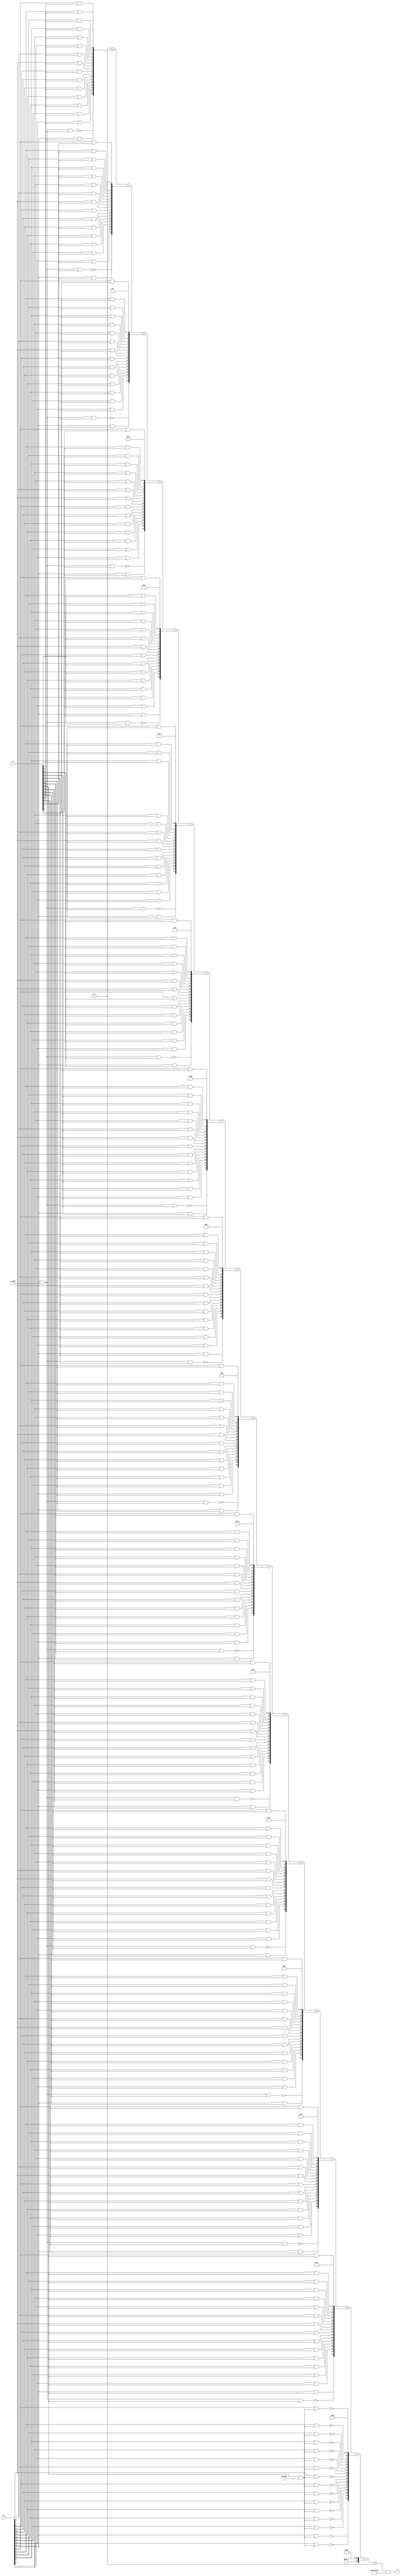
module multiplier_S_C1x1_F0_16bits_16bits_HighLevelDescribed_auto(
		input [A_chop_size-1:0] A,
		input [B_chop_size-1:0] B,

		input A_sign,
		input B_sign,

		input HALF_0,	// a selector bit to switch computation to half mode level 0

		output [A_chop_size+B_chop_size-1:0] C
	);

parameter A_chop_size = 16;
parameter B_chop_size = 16;

// to support both signed and unsigned multiplication
// sign extension regarding extra sign identifier
wire A_extended_level0_0;
wire B_extended_level0_0;
assign A_extended_level0_0 = (A[15])&(A_sign);
assign B_extended_level0_0 = (B[15])&(B_sign);


reg [A_chop_size:0] PP [B_chop_size:0];
always @(*) begin
	PP[0][0] = (A[0])&(B[0]);
	PP[0][1] = (A[1])&(B[0]);
	PP[0][2] = (A[2])&(B[0]);
	PP[0][3] = (A[3])&(B[0]);
	PP[0][4] = (A[4])&(B[0]);
	PP[0][5] = (A[5])&(B[0]);
	PP[0][6] = (A[6])&(B[0]);
	PP[0][7] = (A[7])&(B[0]);
	PP[0][8] = (A[8])&(B[0]);
	PP[0][9] = (A[9])&(B[0]);
	PP[0][10] = (A[10])&(B[0]);
	PP[0][11] = (A[11])&(B[0]);
	PP[0][12] = (A[12])&(B[0]);
	PP[0][13] = (A[13])&(B[0]);
	PP[0][14] = (A[14])&(B[0]);
	PP[0][15] = (A[15])&(B[0]);
	PP[0][16] = ~((A_extended_level0_0)&(B[0]));
	PP[1][0] = (A[0])&(B[1]);
	PP[1][1] = (A[1])&(B[1]);
	PP[1][2] = (A[2])&(B[1]);
	PP[1][3] = (A[3])&(B[1]);
	PP[1][4] = (A[4])&(B[1]);
	PP[1][5] = (A[5])&(B[1]);
	PP[1][6] = (A[6])&(B[1]);
	PP[1][7] = (A[7])&(B[1]);
	PP[1][8] = (A[8])&(B[1]);
	PP[1][9] = (A[9])&(B[1]);
	PP[1][10] = (A[10])&(B[1]);
	PP[1][11] = (A[11])&(B[1]);
	PP[1][12] = (A[12])&(B[1]);
	PP[1][13] = (A[13])&(B[1]);
	PP[1][14] = (A[14])&(B[1]);
	PP[1][15] = (A[15])&(B[1]);
	PP[1][16] = ~((A_extended_level0_0)&(B[1]));
	PP[2][0] = (A[0])&(B[2]);
	PP[2][1] = (A[1])&(B[2]);
	PP[2][2] = (A[2])&(B[2]);
	PP[2][3] = (A[3])&(B[2]);
	PP[2][4] = (A[4])&(B[2]);
	PP[2][5] = (A[5])&(B[2]);
	PP[2][6] = (A[6])&(B[2]);
	PP[2][7] = (A[7])&(B[2]);
	PP[2][8] = (A[8])&(B[2]);
	PP[2][9] = (A[9])&(B[2]);
	PP[2][10] = (A[10])&(B[2]);
	PP[2][11] = (A[11])&(B[2]);
	PP[2][12] = (A[12])&(B[2]);
	PP[2][13] = (A[13])&(B[2]);
	PP[2][14] = (A[14])&(B[2]);
	PP[2][15] = (A[15])&(B[2]);
	PP[2][16] = ~((A_extended_level0_0)&(B[2]));
	PP[3][0] = (A[0])&(B[3]);
	PP[3][1] = (A[1])&(B[3]);
	PP[3][2] = (A[2])&(B[3]);
	PP[3][3] = (A[3])&(B[3]);
	PP[3][4] = (A[4])&(B[3]);
	PP[3][5] = (A[5])&(B[3]);
	PP[3][6] = (A[6])&(B[3]);
	PP[3][7] = (A[7])&(B[3]);
	PP[3][8] = (A[8])&(B[3]);
	PP[3][9] = (A[9])&(B[3]);
	PP[3][10] = (A[10])&(B[3]);
	PP[3][11] = (A[11])&(B[3]);
	PP[3][12] = (A[12])&(B[3]);
	PP[3][13] = (A[13])&(B[3]);
	PP[3][14] = (A[14])&(B[3]);
	PP[3][15] = (A[15])&(B[3]);
	PP[3][16] = ~((A_extended_level0_0)&(B[3]));
	PP[4][0] = (A[0])&(B[4]);
	PP[4][1] = (A[1])&(B[4]);
	PP[4][2] = (A[2])&(B[4]);
	PP[4][3] = (A[3])&(B[4]);
	PP[4][4] = (A[4])&(B[4]);
	PP[4][5] = (A[5])&(B[4]);
	PP[4][6] = (A[6])&(B[4]);
	PP[4][7] = (A[7])&(B[4]);
	PP[4][8] = (A[8])&(B[4]);
	PP[4][9] = (A[9])&(B[4]);
	PP[4][10] = (A[10])&(B[4]);
	PP[4][11] = (A[11])&(B[4]);
	PP[4][12] = (A[12])&(B[4]);
	PP[4][13] = (A[13])&(B[4]);
	PP[4][14] = (A[14])&(B[4]);
	PP[4][15] = (A[15])&(B[4]);
	PP[4][16] = ~((A_extended_level0_0)&(B[4]));
	PP[5][0] = (A[0])&(B[5]);
	PP[5][1] = (A[1])&(B[5]);
	PP[5][2] = (A[2])&(B[5]);
	PP[5][3] = (A[3])&(B[5]);
	PP[5][4] = (A[4])&(B[5]);
	PP[5][5] = (A[5])&(B[5]);
	PP[5][6] = (A[6])&(B[5]);
	PP[5][7] = (A[7])&(B[5]);
	PP[5][8] = (A[8])&(B[5]);
	PP[5][9] = (A[9])&(B[5]);
	PP[5][10] = (A[10])&(B[5]);
	PP[5][11] = (A[11])&(B[5]);
	PP[5][12] = (A[12])&(B[5]);
	PP[5][13] = (A[13])&(B[5]);
	PP[5][14] = (A[14])&(B[5]);
	PP[5][15] = (A[15])&(B[5]);
	PP[5][16] = ~((A_extended_level0_0)&(B[5]));
	PP[6][0] = (A[0])&(B[6]);
	PP[6][1] = (A[1])&(B[6]);
	PP[6][2] = (A[2])&(B[6]);
	PP[6][3] = (A[3])&(B[6]);
	PP[6][4] = (A[4])&(B[6]);
	PP[6][5] = (A[5])&(B[6]);
	PP[6][6] = (A[6])&(B[6]);
	PP[6][7] = (A[7])&(B[6]);
	PP[6][8] = (A[8])&(B[6]);
	PP[6][9] = (A[9])&(B[6]);
	PP[6][10] = (A[10])&(B[6]);
	PP[6][11] = (A[11])&(B[6]);
	PP[6][12] = (A[12])&(B[6]);
	PP[6][13] = (A[13])&(B[6]);
	PP[6][14] = (A[14])&(B[6]);
	PP[6][15] = (A[15])&(B[6]);
	PP[6][16] = ~((A_extended_level0_0)&(B[6]));
	PP[7][0] = (A[0])&(B[7]);
	PP[7][1] = (A[1])&(B[7]);
	PP[7][2] = (A[2])&(B[7]);
	PP[7][3] = (A[3])&(B[7]);
	PP[7][4] = (A[4])&(B[7]);
	PP[7][5] = (A[5])&(B[7]);
	PP[7][6] = (A[6])&(B[7]);
	PP[7][7] = (A[7])&(B[7]);
	PP[7][8] = (A[8])&(B[7]);
	PP[7][9] = (A[9])&(B[7]);
	PP[7][10] = (A[10])&(B[7]);
	PP[7][11] = (A[11])&(B[7]);
	PP[7][12] = (A[12])&(B[7]);
	PP[7][13] = (A[13])&(B[7]);
	PP[7][14] = (A[14])&(B[7]);
	PP[7][15] = (A[15])&(B[7]);
	PP[7][16] = ~((A_extended_level0_0)&(B[7]));
	PP[8][0] = (A[0])&(B[8]);
	PP[8][1] = (A[1])&(B[8]);
	PP[8][2] = (A[2])&(B[8]);
	PP[8][3] = (A[3])&(B[8]);
	PP[8][4] = (A[4])&(B[8]);
	PP[8][5] = (A[5])&(B[8]);
	PP[8][6] = (A[6])&(B[8]);
	PP[8][7] = (A[7])&(B[8]);
	PP[8][8] = (A[8])&(B[8]);
	PP[8][9] = (A[9])&(B[8]);
	PP[8][10] = (A[10])&(B[8]);
	PP[8][11] = (A[11])&(B[8]);
	PP[8][12] = (A[12])&(B[8]);
	PP[8][13] = (A[13])&(B[8]);
	PP[8][14] = (A[14])&(B[8]);
	PP[8][15] = (A[15])&(B[8]);
	PP[8][16] = ~((A_extended_level0_0)&(B[8]));
	PP[9][0] = (A[0])&(B[9]);
	PP[9][1] = (A[1])&(B[9]);
	PP[9][2] = (A[2])&(B[9]);
	PP[9][3] = (A[3])&(B[9]);
	PP[9][4] = (A[4])&(B[9]);
	PP[9][5] = (A[5])&(B[9]);
	PP[9][6] = (A[6])&(B[9]);
	PP[9][7] = (A[7])&(B[9]);
	PP[9][8] = (A[8])&(B[9]);
	PP[9][9] = (A[9])&(B[9]);
	PP[9][10] = (A[10])&(B[9]);
	PP[9][11] = (A[11])&(B[9]);
	PP[9][12] = (A[12])&(B[9]);
	PP[9][13] = (A[13])&(B[9]);
	PP[9][14] = (A[14])&(B[9]);
	PP[9][15] = (A[15])&(B[9]);
	PP[9][16] = ~((A_extended_level0_0)&(B[9]));
	PP[10][0] = (A[0])&(B[10]);
	PP[10][1] = (A[1])&(B[10]);
	PP[10][2] = (A[2])&(B[10]);
	PP[10][3] = (A[3])&(B[10]);
	PP[10][4] = (A[4])&(B[10]);
	PP[10][5] = (A[5])&(B[10]);
	PP[10][6] = (A[6])&(B[10]);
	PP[10][7] = (A[7])&(B[10]);
	PP[10][8] = (A[8])&(B[10]);
	PP[10][9] = (A[9])&(B[10]);
	PP[10][10] = (A[10])&(B[10]);
	PP[10][11] = (A[11])&(B[10]);
	PP[10][12] = (A[12])&(B[10]);
	PP[10][13] = (A[13])&(B[10]);
	PP[10][14] = (A[14])&(B[10]);
	PP[10][15] = (A[15])&(B[10]);
	PP[10][16] = ~((A_extended_level0_0)&(B[10]));
	PP[11][0] = (A[0])&(B[11]);
	PP[11][1] = (A[1])&(B[11]);
	PP[11][2] = (A[2])&(B[11]);
	PP[11][3] = (A[3])&(B[11]);
	PP[11][4] = (A[4])&(B[11]);
	PP[11][5] = (A[5])&(B[11]);
	PP[11][6] = (A[6])&(B[11]);
	PP[11][7] = (A[7])&(B[11]);
	PP[11][8] = (A[8])&(B[11]);
	PP[11][9] = (A[9])&(B[11]);
	PP[11][10] = (A[10])&(B[11]);
	PP[11][11] = (A[11])&(B[11]);
	PP[11][12] = (A[12])&(B[11]);
	PP[11][13] = (A[13])&(B[11]);
	PP[11][14] = (A[14])&(B[11]);
	PP[11][15] = (A[15])&(B[11]);
	PP[11][16] = ~((A_extended_level0_0)&(B[11]));
	PP[12][0] = (A[0])&(B[12]);
	PP[12][1] = (A[1])&(B[12]);
	PP[12][2] = (A[2])&(B[12]);
	PP[12][3] = (A[3])&(B[12]);
	PP[12][4] = (A[4])&(B[12]);
	PP[12][5] = (A[5])&(B[12]);
	PP[12][6] = (A[6])&(B[12]);
	PP[12][7] = (A[7])&(B[12]);
	PP[12][8] = (A[8])&(B[12]);
	PP[12][9] = (A[9])&(B[12]);
	PP[12][10] = (A[10])&(B[12]);
	PP[12][11] = (A[11])&(B[12]);
	PP[12][12] = (A[12])&(B[12]);
	PP[12][13] = (A[13])&(B[12]);
	PP[12][14] = (A[14])&(B[12]);
	PP[12][15] = (A[15])&(B[12]);
	PP[12][16] = ~((A_extended_level0_0)&(B[12]));
	PP[13][0] = (A[0])&(B[13]);
	PP[13][1] = (A[1])&(B[13]);
	PP[13][2] = (A[2])&(B[13]);
	PP[13][3] = (A[3])&(B[13]);
	PP[13][4] = (A[4])&(B[13]);
	PP[13][5] = (A[5])&(B[13]);
	PP[13][6] = (A[6])&(B[13]);
	PP[13][7] = (A[7])&(B[13]);
	PP[13][8] = (A[8])&(B[13]);
	PP[13][9] = (A[9])&(B[13]);
	PP[13][10] = (A[10])&(B[13]);
	PP[13][11] = (A[11])&(B[13]);
	PP[13][12] = (A[12])&(B[13]);
	PP[13][13] = (A[13])&(B[13]);
	PP[13][14] = (A[14])&(B[13]);
	PP[13][15] = (A[15])&(B[13]);
	PP[13][16] = ~((A_extended_level0_0)&(B[13]));
	PP[14][0] = (A[0])&(B[14]);
	PP[14][1] = (A[1])&(B[14]);
	PP[14][2] = (A[2])&(B[14]);
	PP[14][3] = (A[3])&(B[14]);
	PP[14][4] = (A[4])&(B[14]);
	PP[14][5] = (A[5])&(B[14]);
	PP[14][6] = (A[6])&(B[14]);
	PP[14][7] = (A[7])&(B[14]);
	PP[14][8] = (A[8])&(B[14]);
	PP[14][9] = (A[9])&(B[14]);
	PP[14][10] = (A[10])&(B[14]);
	PP[14][11] = (A[11])&(B[14]);
	PP[14][12] = (A[12])&(B[14]);
	PP[14][13] = (A[13])&(B[14]);
	PP[14][14] = (A[14])&(B[14]);
	PP[14][15] = (A[15])&(B[14]);
	PP[14][16] = ~((A_extended_level0_0)&(B[14]));
	PP[15][0] = (A[0])&(B[15]);
	PP[15][1] = (A[1])&(B[15]);
	PP[15][2] = (A[2])&(B[15]);
	PP[15][3] = (A[3])&(B[15]);
	PP[15][4] = (A[4])&(B[15]);
	PP[15][5] = (A[5])&(B[15]);
	PP[15][6] = (A[6])&(B[15]);
	PP[15][7] = (A[7])&(B[15]);
	PP[15][8] = (A[8])&(B[15]);
	PP[15][9] = (A[9])&(B[15]);
	PP[15][10] = (A[10])&(B[15]);
	PP[15][11] = (A[11])&(B[15]);
	PP[15][12] = (A[12])&(B[15]);
	PP[15][13] = (A[13])&(B[15]);
	PP[15][14] = (A[14])&(B[15]);
	PP[15][15] = (A[15])&(B[15]);
	PP[15][16] = ~((A_extended_level0_0)&(B[15]));
	PP[16][0] = ~((A[0])&(B_extended_level0_0));
	PP[16][1] = ~((A[1])&(B_extended_level0_0));
	PP[16][2] = ~((A[2])&(B_extended_level0_0));
	PP[16][3] = ~((A[3])&(B_extended_level0_0));
	PP[16][4] = ~((A[4])&(B_extended_level0_0));
	PP[16][5] = ~((A[5])&(B_extended_level0_0));
	PP[16][6] = ~((A[6])&(B_extended_level0_0));
	PP[16][7] = ~((A[7])&(B_extended_level0_0));
	PP[16][8] = ~((A[8])&(B_extended_level0_0));
	PP[16][9] = ~((A[9])&(B_extended_level0_0));
	PP[16][10] = ~((A[10])&(B_extended_level0_0));
	PP[16][11] = ~((A[11])&(B_extended_level0_0));
	PP[16][12] = ~((A[12])&(B_extended_level0_0));
	PP[16][13] = ~((A[13])&(B_extended_level0_0));
	PP[16][14] = ~((A[14])&(B_extended_level0_0));
	PP[16][15] = ~((A[15])&(B_extended_level0_0));
	PP[16][16] = (A_extended_level0_0)&(B_extended_level0_0);
end

// sum of PPs
integer j;
integer i_0;

wire [32:0] Baugh_Wooley_0;
assign Baugh_Wooley_0 = {{1'b0},{1'b0},{1'b0},{1'b0},{1'b0},{1'b0},{1'b0},{1'b0},{1'b0},{1'b0},{1'b0},{1'b0},{1'b0},{1'b0},{1'b0},{(HALF_0)|(1'b0)},{1'b0},{1'b0},{1'b0},{1'b0},{1'b0},{1'b0},{1'b0},{1'b0},{1'b0},{1'b0},{1'b0},{1'b0},{1'b0},{1'b0},{1'b0},{1'b0},{1'b0}};
wire [32:0] Baugh_Wooley_1;
assign Baugh_Wooley_1 = {{1'b0},{1'b0},{1'b0},{1'b0},{1'b0},{1'b0},{1'b0},{1'b0},{1'b0},{1'b0},{1'b0},{1'b0},{1'b0},{1'b0},{1'b0},{1'b0},{1'b0},{1'b0},{1'b0},{1'b0},{1'b0},{1'b0},{1'b0},{1'b0},{1'b0},{1'b0},{1'b0},{1'b0},{1'b0},{1'b0},{1'b0},{1'b0},{1'b0}};

reg [32:0] PP_temp [16:0];
always @(*) begin
	for (j = 0; j < (B_chop_size +1); j = j + 1 ) begin
		PP_temp[j] = 33'b0 ;
	end
	for (j = 0; j < (B_chop_size +1); j = j + 1 ) begin
		PP_temp[j] = (PP[j] << j);
	end
end

reg [31:0] C_temp;
always @(*) begin

	C_temp = 32'b0;

	for (i_0 = 0; i_0 < (B_chop_size +1); i_0 = i_0 + 1 ) begin
		C_temp[31:0] = C_temp[31:0] + (PP_temp[i_0][31:0]);
	end
	C_temp[31:0] = C_temp[31:0] + Baugh_Wooley_0[31:0];
	C_temp[31:0] = C_temp[31:0] + Baugh_Wooley_1[31:0];
	C_temp = C_temp & {{0{~(HALF_0)}},{32{1'b1}}};

end

assign C = C_temp[31:0];

endmodule